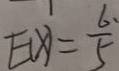
E ( x ) = \frac { 6 } { 5 }